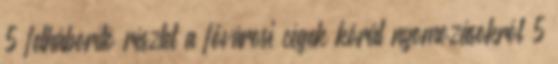
5 felháborító részlet a fővárosi cégek körül nyomozásokról 5